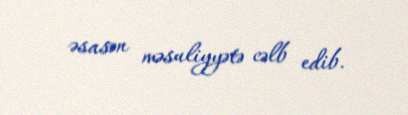
əsasən məsuliyyətə cəlb edib.